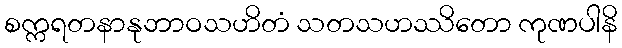
စက္ကရတနာနုဘာဝသဟိတံ သတသဟဿိတော ကုဏပါနိ